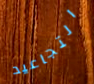
التجاعيد